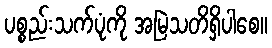
ပစ္စည်းသက်ပုံကို အမြဲသတိရှိပါစေ။